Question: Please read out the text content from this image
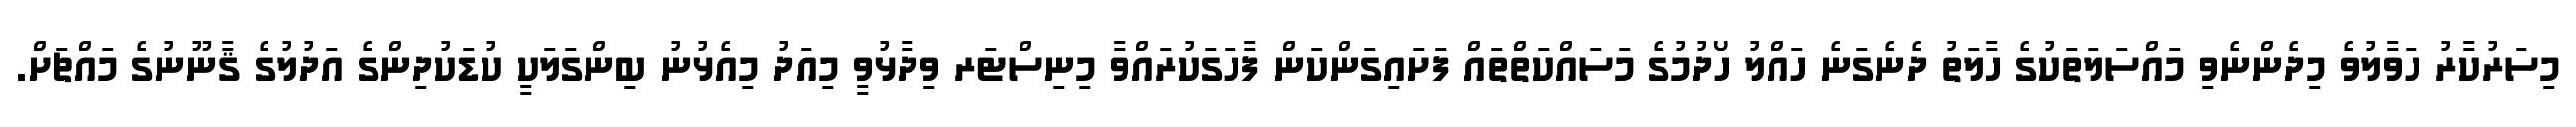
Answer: މިސަރުކާރު ހަވާލުވެ މިދެންނެވި މައްސަލަތަކުގެ ހާލަތު ދެނެގަނެ ހައްލު ހޯދުމުގެ މަސައްކަތްތައް ފަށައިގަންކަން ފާހަގަކުރައްވާ މިނިސްޓަރ ވިދާޅުވީ މިއަދު މިއެޅުނު ބިންގަލަކީ ކުޑަކުދިންގެ އަދުލުގެ ޤާނޫނުގެ މައްޗަށް.